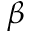
\beta